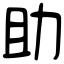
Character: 助